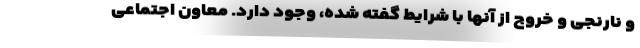
و نارنجی و خروج از آنها با شرایط گفته شده، وجود دارد. معاون اجتماعی